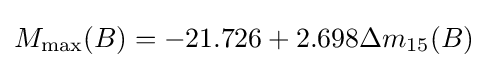
M_{\mathrm {max} }(B)=-21.726+2.698\Delta m_{15}(B)